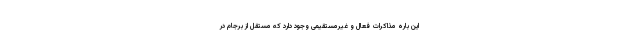
این باره مذاکرات فعال و غیرمستقیمی وجود دارد که مستقل از برجام در